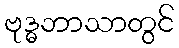
ဗုဒ္ဓဘာသာတွင်